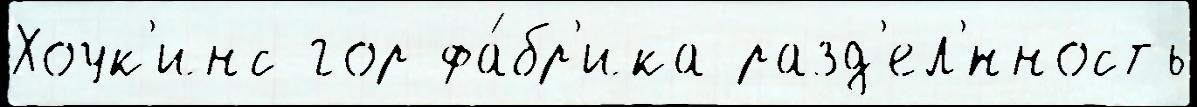
Хоук'инс гор фа́бр'ика разд'ел'́нность